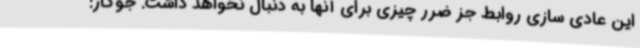
این عادی سازی روابط جز ضرر چیزی برای آنها به دنبال نخواهد داشت. جوکار: